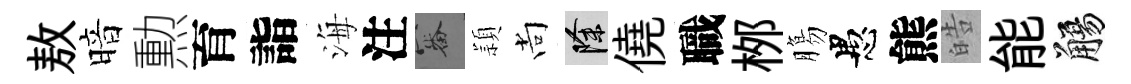
敖暗勲育詣海注審頴尚除僥職桞膓愚熊皓能觴